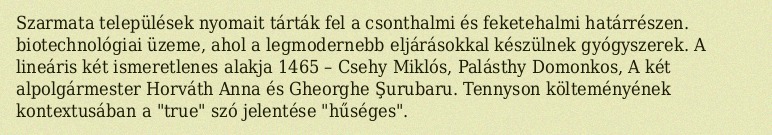
Szarmata települések nyomait tárták fel a csonthalmi és feketehalmi határrészen. biotechnológiai üzeme, ahol a legmodernebb eljárásokkal készülnek gyógyszerek. A lineáris két ismeretlenes alakja 1465 – Csehy Miklós, Palásthy Domonkos, A két alpolgármester Horváth Anna és Gheorghe Şurubaru. Tennyson költeményének kontextusában a "true" szó jelentése "hűséges".